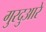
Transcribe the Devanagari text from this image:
गुरदुआरे